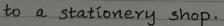
to a stationery shop.